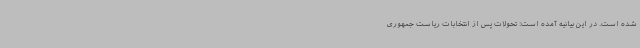
شده است. در این بیانیه آمده است: تحولات پس از انتخابات ریاست جمهوری